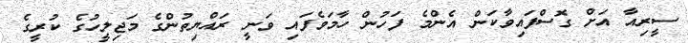
ސީރިއާ އަށް ގޮސްފައިވާކަން އެންމެ ފަހުން ހާމަވެފައި ވަނީ ރައްޔިތުންގެ މަޖިލީހުގެ ކުރީގެ